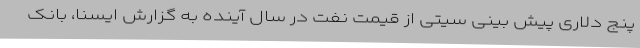
پنج دلاری پیش بینی سیتی از قیمت نفت در سال آینده به گزارش ایسنا، بانک